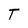
Character: T